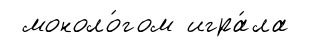
моноло́гом игра́ла